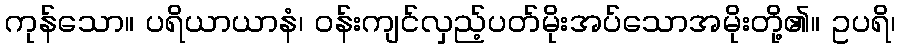
ကုန်သော။ ပရိယာယာနံ၊ ဝန်းကျင်လှည့်ပတ်မိုးအပ်သောအမိုးတို့၏။ ဥပရိ၊